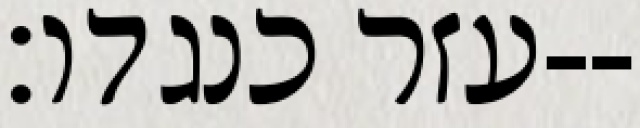
עזר כנגדו׃--